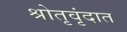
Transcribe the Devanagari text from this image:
श्रोतृवृंदात